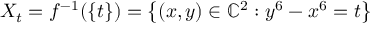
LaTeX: X _ { t } = f ^ { - 1 } ( \{ t \} ) = \left\{ ( x , y ) \in \mathbb { C } ^ { 2 } : y ^ { 6 } - x ^ { 6 } = t \right\}